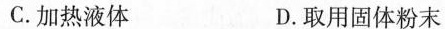
C.加热液体 D.取用固体粉末